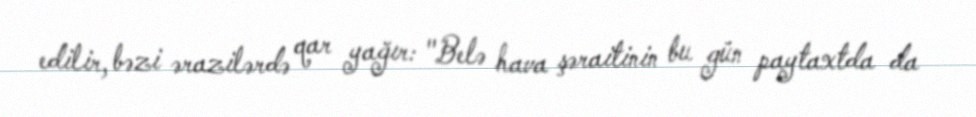
edilir, bəzi ərazilərdə qar yağır: "Belə hava şəraitinin bu gün paytaxtda da